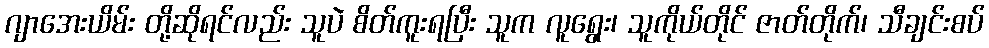
ဂျာအေးယိမ်း တို့ဆိုရင်လည်း သူပဲ စိတ်ကူးရပြီး သူက လူရွေး၊ သူကိုယ်တိုင် ဇာတ်တိုက်၊ သီချင်းစပ်